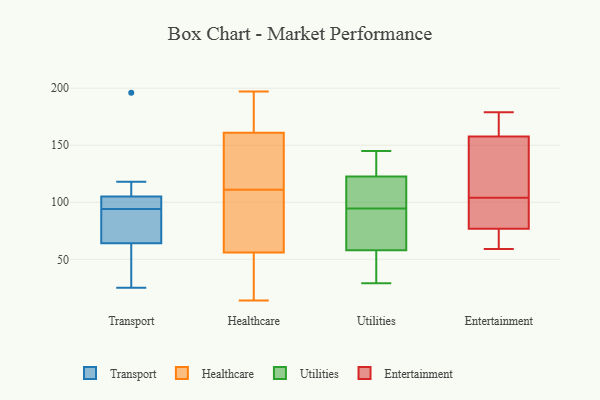
{"axis": {"x": "Demand Index", "y": "Value"}, "legend": ["Entertainment", "Healthcare", "Transport", "Utilities"], "data": [{"x": "", "y": 82, "type": "Transport"}, {"x": "", "y": 118, "type": "Transport"}, {"x": "", "y": 96, "type": "Transport"}, {"x": "", "y": 94, "type": "Transport"}, {"x": "", "y": 69, "type": "Transport"}, {"x": "", "y": 104, "type": "Transport"}, {"x": "", "y": 196, "type": "Transport"}, {"x": "", "y": 79, "type": "Transport"}, {"x": "", "y": 28, "type": "Transport"}, {"x": "", "y": 49, "type": "Transport"}, {"x": "", "y": 25, "type": "Transport"}, {"x": "", "y": 108, "type": "Transport"}, {"x": "", "y": 95, "type": "Transport"}, {"x": "", "y": 66, "type": "Healthcare"}, {"x": "", "y": 185, "type": "Healthcare"}, {"x": "", "y": 197, "type": "Healthcare"}, {"x": "", "y": 43, "type": "Healthcare"}, {"x": "", "y": 56, "type": "Healthcare"}, {"x": "", "y": 161, "type": "Healthcare"}, {"x": "", "y": 37, "type": "Healthcare"}, {"x": "", "y": 116, "type": "Healthcare"}, {"x": "", "y": 115, "type": "Healthcare"}, {"x": "", "y": 100, "type": "Healthcare"}, {"x": "", "y": 116, "type": "Healthcare"}, {"x": "", "y": 78, "type": "Healthcare"}, {"x": "", "y": 107, "type": "Healthcare"}, {"x": "", "y": 14, "type": "Healthcare"}, {"x": "", "y": 173, "type": "Healthcare"}, {"x": "", "y": 24, "type": "Healthcare"}, {"x": "", "y": 122, "type": "Healthcare"}, {"x": "", "y": 164, "type": "Healthcare"}, {"x": "", "y": 101, "type": "Utilities"}, {"x": "", "y": 145, "type": "Utilities"}, {"x": "", "y": 126, "type": "Utilities"}, {"x": "", "y": 48, "type": "Utilities"}, {"x": "", "y": 92, "type": "Utilities"}, {"x": "", "y": 112, "type": "Utilities"}, {"x": "", "y": 128, "type": "Utilities"}, {"x": "", "y": 84, "type": "Utilities"}, {"x": "", "y": 93, "type": "Utilities"}, {"x": "", "y": 71, "type": "Utilities"}, {"x": "", "y": 131, "type": "Utilities"}, {"x": "", "y": 68, "type": "Utilities"}, {"x": "", "y": 31, "type": "Utilities"}, {"x": "", "y": 97, "type": "Utilities"}, {"x": "", "y": 29, "type": "Utilities"}, {"x": "", "y": 131, "type": "Utilities"}, {"x": "", "y": 43, "type": "Utilities"}, {"x": "", "y": 119, "type": "Utilities"}, {"x": "", "y": 42, "type": "Utilities"}, {"x": "", "y": 96, "type": "Utilities"}, {"x": "", "y": 101, "type": "Entertainment"}, {"x": "", "y": 157, "type": "Entertainment"}, {"x": "", "y": 179, "type": "Entertainment"}, {"x": "", "y": 59, "type": "Entertainment"}, {"x": "", "y": 159, "type": "Entertainment"}, {"x": "", "y": 158, "type": "Entertainment"}, {"x": "", "y": 104, "type": "Entertainment"}, {"x": "", "y": 113, "type": "Entertainment"}, {"x": "", "y": 88, "type": "Entertainment"}, {"x": "", "y": 69, "type": "Entertainment"}, {"x": "", "y": 73, "type": "Entertainment"}]}